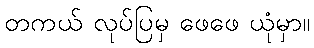
တကယ် လုပ်ပြမှ ဖေဖေ ယုံမှာ။